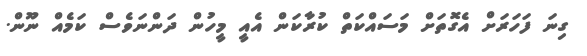
ގިނަ ފަހަރަށް އެގޮތަށް މަސައްކަތް ކުރާކަން އެއީ މީހުން ދަންނަވެސް ކަމެއް ނޫން.